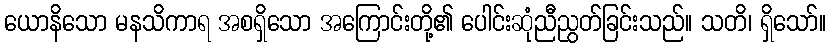
ယောနိသော မနသိကာရ အစရှိသော အကြောင်းတို့၏ ပေါင်းဆုံညီညွတ်ခြင်းသည်။ သတိ၊ ရှိသော်။